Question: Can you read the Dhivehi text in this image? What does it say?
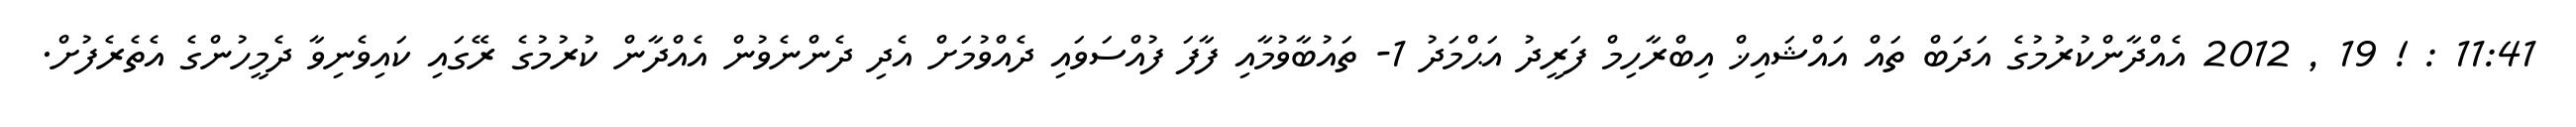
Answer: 11:41 : ! 19 , 2012 އެއްދާންކުރުމުގެ އަދަބް ތައް އައްޝައިޚް އިބްރާހިމް ފަރީދު އަޙްމަދު 1- ތައުބާވުމާއި ފާފަ ފުއްސަވައި ދެއްވުމަށް އެދި ދެންނެވުން އެއްދާން ކުރުމުގެ ރޭގައި ކައިވެނިވާ ދެމީހުންގެ އެތެރެފުށް.